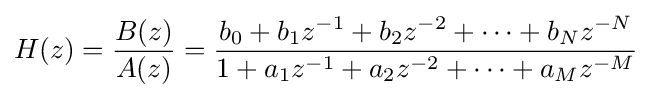
H(z)={\frac {B(z)}{A(z)}}={\frac {b_{0}+b_{1}z^{-1}+b_{2}z^{-2}+\cdots +b_{N}z^{-N}}{1+a_{1}z^{-1}+a_{2}z^{-2}+\cdots +a_{M}z^{-M}}}